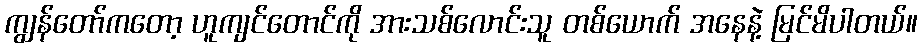
ကျွန်တော်ကတော့ ဟူကျင်တောင်ကို အားသစ်လောင်းသူ တစ်ယောက် အနေနဲ့ မြင်မိပါတယ်။